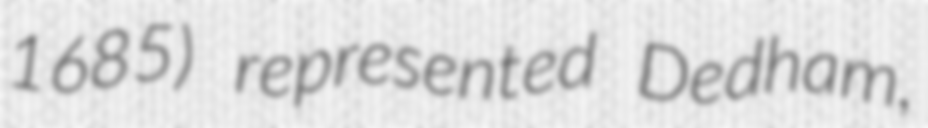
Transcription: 1685) represented Dedham,